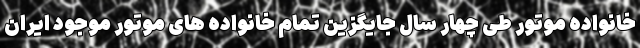
خانواده موتور طی چهار سال جایگزین تمام خانواده های موتور موجود ایران